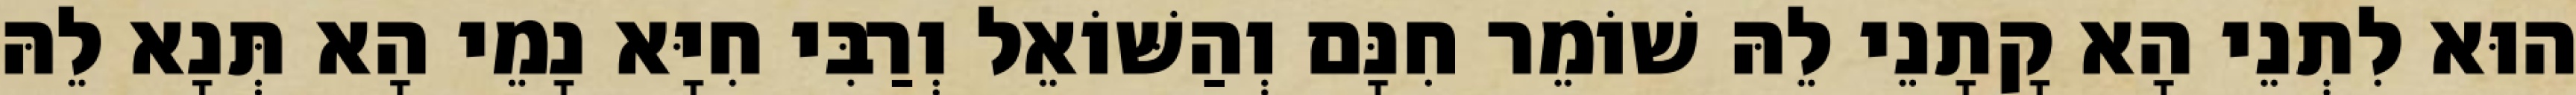
הוּא לִתְנֵי הָא קָתָנֵי לֵהּ שׁוֹמֵר חִנָּם וְהַשּׁוֹאֵל וְרַבִּי חִיָּא נָמֵי הָא תְּנָא לֵהּ